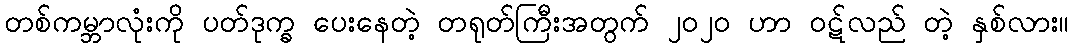
တစ်ကမ္ဘာလုံးကို ပတ်ဒုက္ခ ပေးနေတဲ့ တရုတ်ကြီးအတွက် ၂၀၂၀ ဟာ ဝဋ်လည် တဲ့ နှစ်လား။